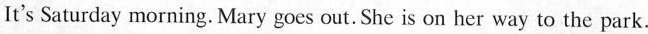
It's Saturday morning. Mary goes out. She is on her way to the park.